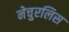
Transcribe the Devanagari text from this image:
नेचुरलिस